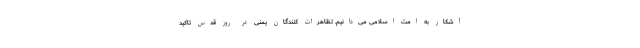
آشکار به امت اسلامی می‌دانیم. تظاهرات کنندگان یمنی در روز قدس تاکید